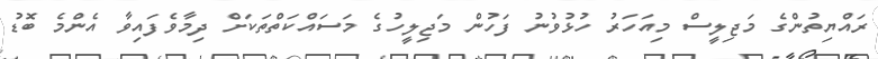
ރައްޔިތުންގެ މަޖިލީސް މިއަހަރު ހުޅުވުނު ފަހުން މަޖިލީހުގެ މަސައްކަތްތަކަށް ދިމާވެފައިވާ އެންމެ ބޮޑު